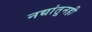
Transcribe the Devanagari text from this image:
नद्यांतूनही